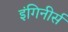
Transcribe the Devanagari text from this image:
इंगिनीर्स